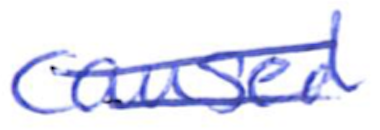
Text: caused
Cross-out: double-line
Writing tool: ballpoint